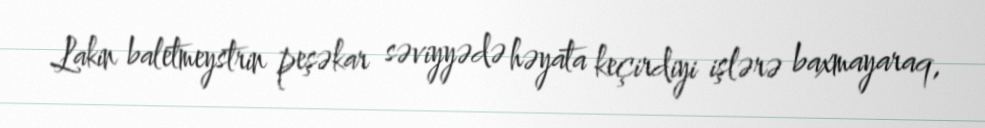
Lakin baletmeystrin peşəkar səviyyədə həyata keçirdiyi işlərə baxmayaraq,